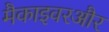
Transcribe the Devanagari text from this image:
मैकाइवरऔर